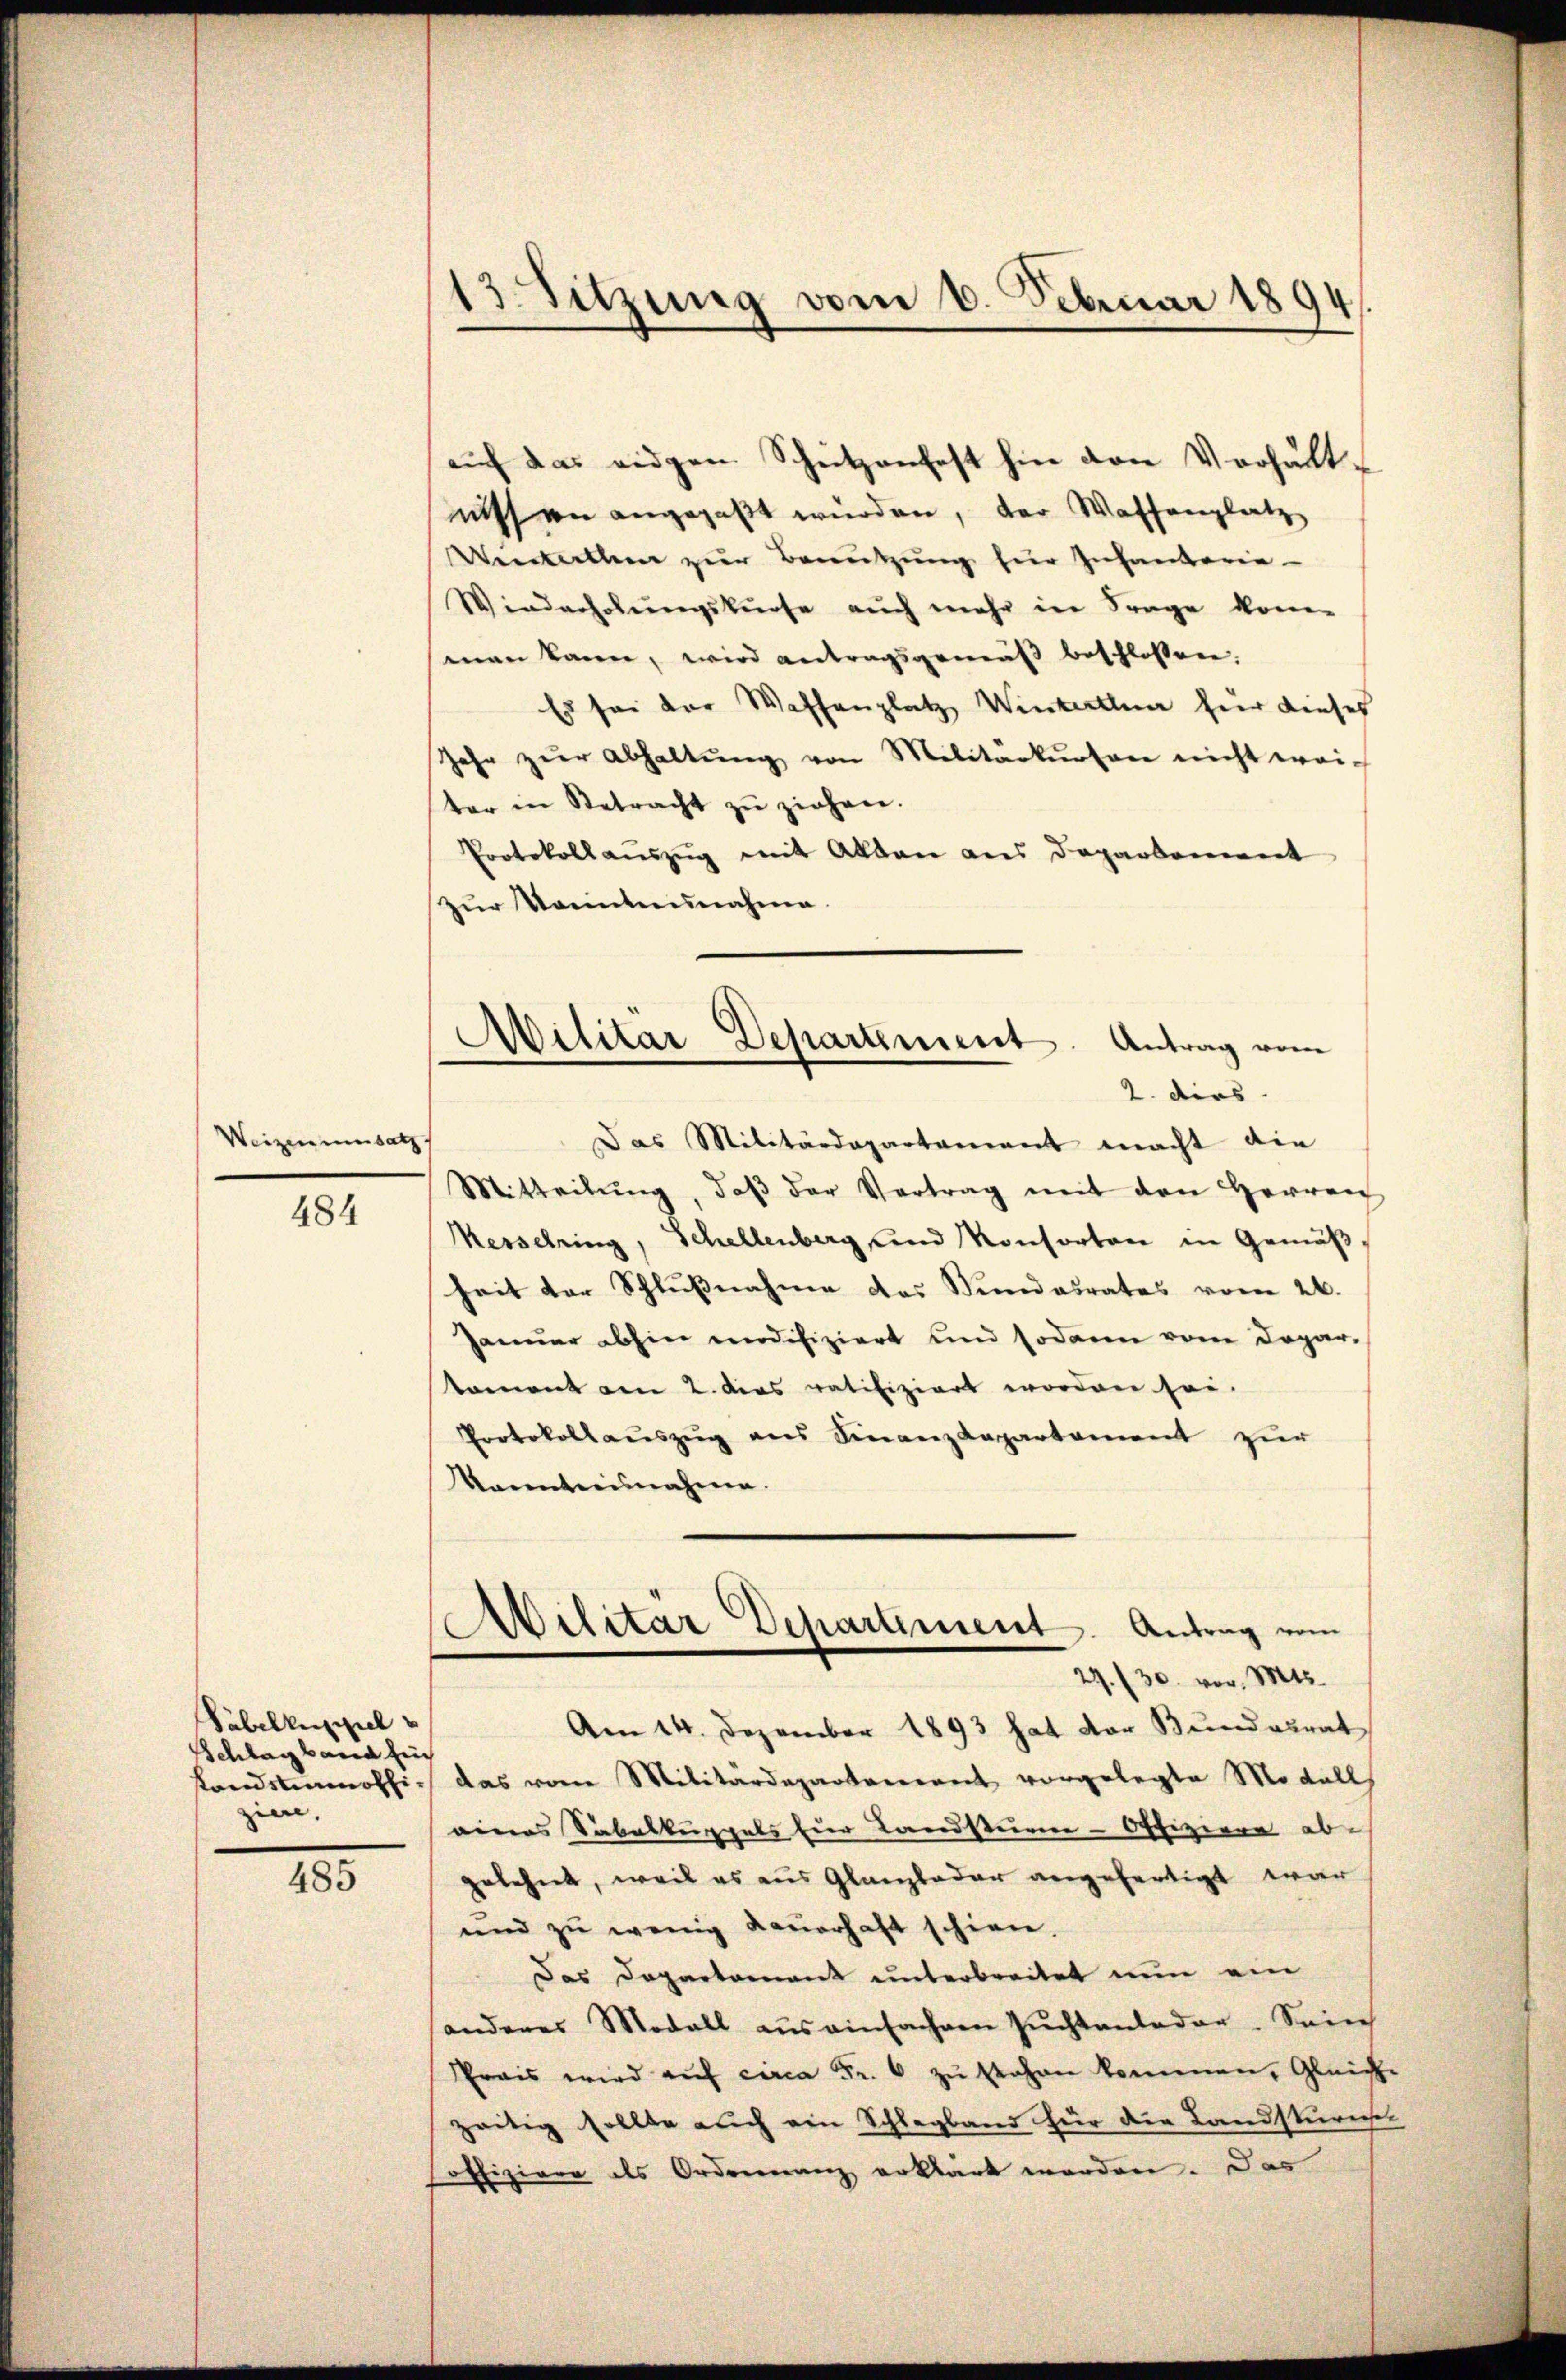
Weizen umsatz

484

Säbelkenspiel
Schlag band für
standstennöthiziere,

485

13. Sitzung vom 6. Februar 1894.

auf das eidgen Schützenfest hin den Verhält,
nissen angepaßt würden, der Waffenplatz
Wenterthen zur Benutzung hier Inhanderie-
Wiederholungskurse auch mehr in Frage kom
man kann, wird antragsgemäß beschlossen:
Es sei der Waffenplatz Winterthun hier dieses
Jahr zŭr Abhaltŭng von Militarkŭrson nicht weic
ter in Betracht zŭ ziehen.
Protokollauszug mit alldan aus Departement
zur Kenntnunahme.

Militar Departement. Antrag vom
2. Dirs.
Das Militärdepartament macht die

Mitteilŭng, daβ der Vertrag mit den Herren
Messelring, Schellenberg und Konsorten in Gemäß,
heit der Schlußnahme das Stundesrates vom 26.
Januar abhin modifiziert und sodann vom Deparkoment am 2. das ratifiziert worden sei.
Protokollaŭszŭg ans Finanzdepartement zur
kanntnisnahme.
Ailitar Departement. Antrag vom
29./30. vor. Mts.
Am 14. Dezember 1893 hat der Bundesrat
das vom Militärdepartement vorgelegte Modall
eines Sabalkuppels Eier Landsturm-Offiziere abe
gelehnt, weil es aus Glanzladar angefertigt war
und zŭ wenig daŭerhaft schien.
Das Departernant unterbreitet nun ein
anderer Modall aus einfachen Zŭchtanteder. Sein
Prais wird auf circa Fr. 6 zu stehen kommen, Gleich-
zeitig sollte auch ein Schlagband für die Landsturmsel
offiziere des Ordreinanz erklärt worden. Das